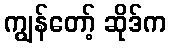
ကျွန်တော့် ဆိုဒ်က